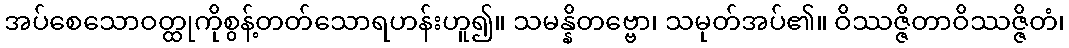
အပ်စေသောဝတ္ထုကိုစွန့်တတ်သောရဟန်းဟူ၍။ သမန္နိတဗ္ဗော၊ သမုတ်အပ်၏။ ဝိဿဇ္ဇိတာဝိဿဇ္ဇိတံ၊